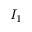
I _ { 1 }